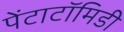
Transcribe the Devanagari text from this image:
पेंटाटॉमिडी